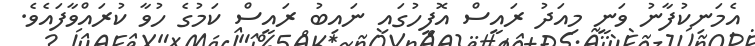
އެމަނިކުފާނު ވަނީ މިއަދު ރައީސް އޮފީހުގައި ނައިބު ރައީސް ކަމުގެ ހުވާ ކުރައްވާފައެވެ.